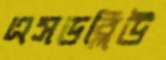
এসডব্লিউ